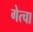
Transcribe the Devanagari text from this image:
गेत्चा